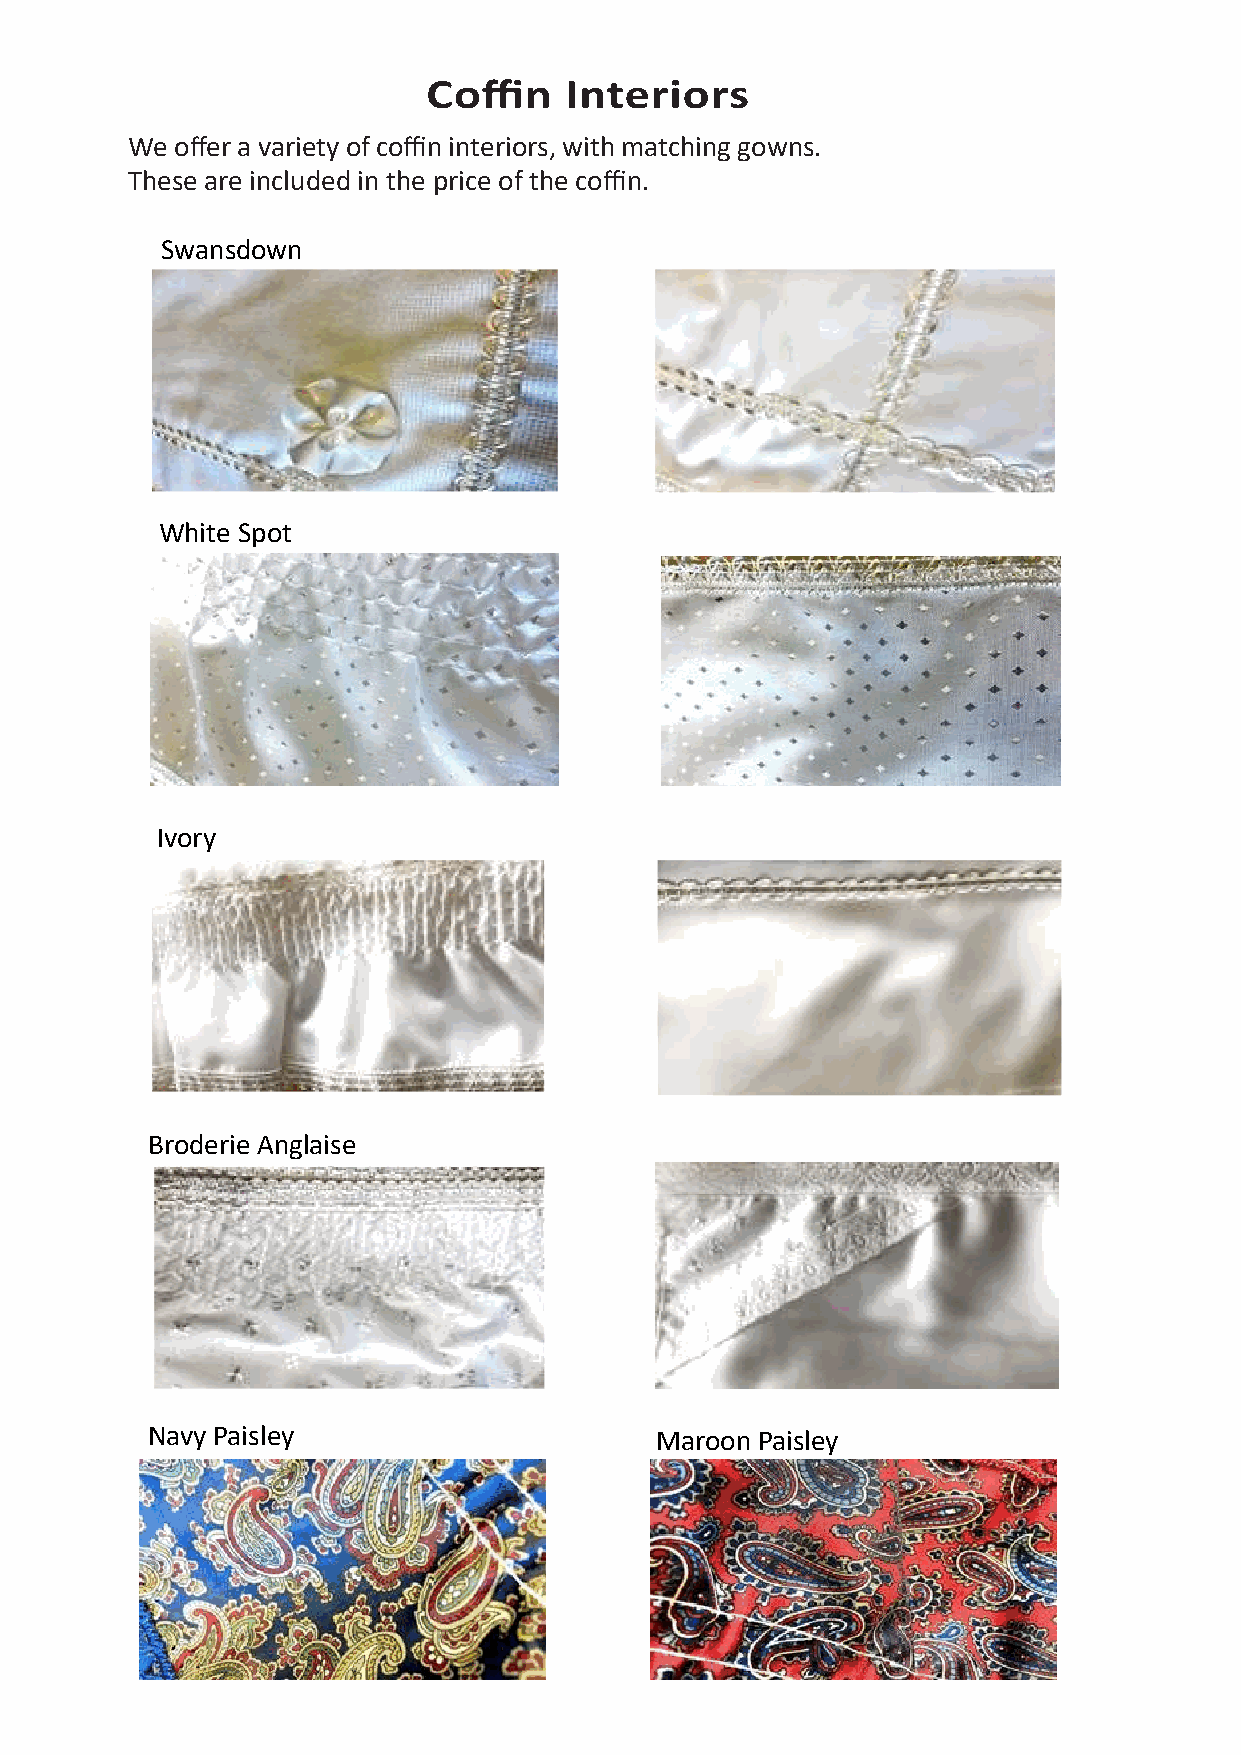
We  offer a variety of coffin interiors, with matching gowns.
 These are included in the price of the coffin.
 Swansdown
 White Spot
 Ivory
 Broderie Anglaise
 Navy Paisley                     Maroon Paisley